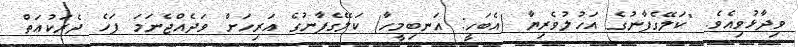
ވިދާޅުވިއެވެ. "ކަލޭގެފާނުގެ އަހުލުވެރިޔާ (އެބަހީ: އަނބިމީހާ) ކަލޭގެފާނުގެ އަރިހަށް ވަދެއްޖެނަމަ ފަހެ ދެރަކުޢަތް